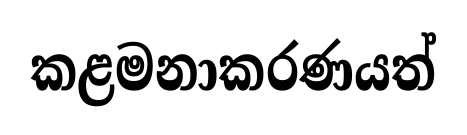
කළමනාකරණයත්